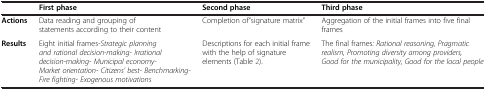
<table><thead><tr><td><b> </b></td><td><b>First phase</b></td><td><b>Second phase</b></td><td><b>Third phase</b></td></tr></thead><tbody><tr><td><b>Actions</b></td><td>Data reading and grouping of statements according to their content</td><td>Completion of”signature matrix”</td><td>Aggregation of the initial frames into five final frames</td></tr><tr><td><b>Results</b></td><td>Eight initial frames<i>-Strategic planning and rational decision-making- Irrational decision-making</i><i>- Municipal economy- Market orientation</i><i>- Citizens’ best- Benchmarking</i><i>- Fire fighting- Exogenous motivations</i></td><td>Descriptions for each initial frame with the help of signature elements (Table 2).</td><td>The final frames<i>: Rational reasoning, Pragmatic realism</i><i>, Promoting diversity among providers, Good for the municipality</i><i>, Good for the local people</i></td></tr></tbody></table>